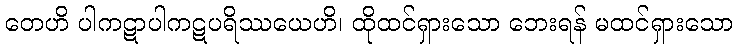
တေဟိ ပါကဋာပါကဋပရိဿယေဟိ၊ ထိုထင်ရှားသော ဘေးရန် မထင်ရှားသော